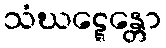
သံဃဋ္ဋေန္တော